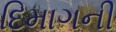
દિમાગની